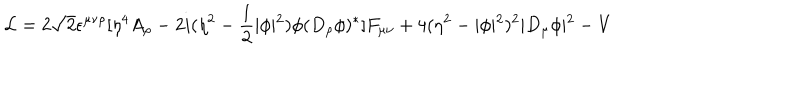
{ \cal L } = 2 \sqrt { 2 } \epsilon ^ { \mu \nu \rho } [ \eta ^ { 4 } A _ { \rho } - 2 i ( \eta ^ { 2 } - \frac { 1 } { 2 } \vert \phi \vert ^ { 2 } ) \phi ( D _ { \rho } \phi ) ^ { * } ] F _ { \mu \nu } + 4 ( \eta ^ { 2 } - \vert \phi \vert ^ { 2 } ) ^ { 2 } \vert D _ { \mu } \phi \vert ^ { 2 } - V